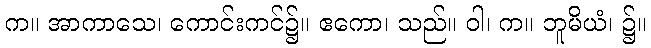
က။ အာကာသေ၊ ကောင်းကင်၌။ ဧကော၊ သည်။ ဝါ၊ က။ ဘူမိယံ၊ ၌။